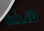
هذه